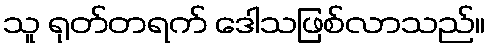
သူ ရုတ်တရက် ဒေါသဖြစ်လာသည်။